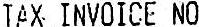
TAX INVOICE NO